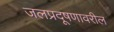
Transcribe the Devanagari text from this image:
जलप्रदूषणावरील